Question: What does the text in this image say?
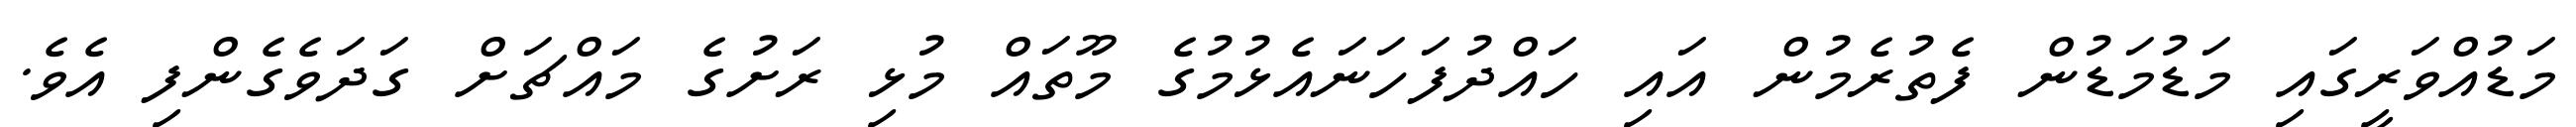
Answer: މަޑުއްވަރީގައި މަޑުމަޑުން ފެތުރެމުން އައި ހައްދުފަހަނައެޅުމުގެ މޫތައް މުޅި ރަށުގެ މައްޗަށް ގަދަވެގެންފި އެވެ.